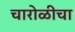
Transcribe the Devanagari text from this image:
चारोळीचा